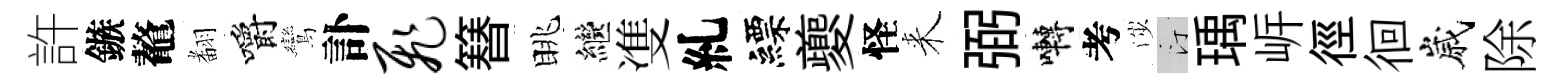
許鏃鼇𮋒嚼鸞訃飞簮眺繼㕠糺縹夔怪来弼囀考渉汀瑀㟁徑徊嵗除